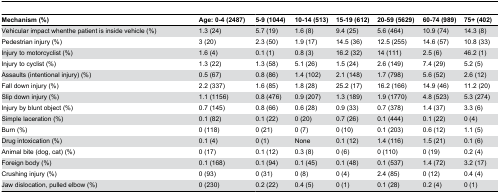
<table><thead><tr><td><b>Mechanism (%)</b></td><td><b>Age: 0-4 (2487)</b></td><td><b>5-9 (1044)</b></td><td><b>10-14 (513)</b></td><td><b>15-19 (612)</b></td><td><b>20-59 (5629)</b></td><td><b>60-74 (989)</b></td><td><b>75+ (402)</b></td></tr></thead><tbody><tr><td>Vehicular impact whenthe patient is inside vehicle (%)</td><td>1.3 (24)</td><td>5.7 (19)</td><td>1.6 (8)</td><td>9.4 (25)</td><td>5.6 (464)</td><td>10.9 (74)</td><td>14.3 (8)</td></tr><tr><td>Pedestrian injury (%)</td><td>3 (20)</td><td>2.3 (50)</td><td>1.9 (17)</td><td>14.5 (36)</td><td>12.5 (255)</td><td>14.6 (57)</td><td>10.8 (33)</td></tr><tr><td>Injury to motorcyclist (%)</td><td>1.6 (4)</td><td>0.1 (1)</td><td>0.8 (3)</td><td>16.2 (32)</td><td>14 (111)</td><td>2.5 (6)</td><td>46.2 (1)</td></tr><tr><td>Injury to cyclist (%)</td><td>1.3 (22)</td><td>1.3 (58)</td><td>5.1 (26)</td><td>1.5 (24)</td><td>2.6 (149)</td><td>7.4 (29)</td><td>5.2 (5)</td></tr><tr><td>Assaults (intentional injury) (%)</td><td>0.5 (67)</td><td>0.8 (86)</td><td>1.4 (102)</td><td>2.1 (148)</td><td>1.7 (798)</td><td>5.6 (52)</td><td>2.6 (12)</td></tr><tr><td>Fall down injury (%)</td><td>2.2 (337)</td><td>1.6 (85)</td><td>1.8 (28)</td><td>25.2 (17)</td><td>16.2 (166)</td><td>14.9 (46)</td><td>11.2 (20)</td></tr><tr><td>Slip down injury (%)</td><td>1.1 (1156)</td><td>0.8 (476)</td><td>0.9 (207)</td><td>1.3 (189)</td><td>1.9 (1770)</td><td>4.8 (523)</td><td>5.3 (274)</td></tr><tr><td>Injury by blunt object (%)</td><td>0.7 (145)</td><td>0.8 (66)</td><td>0.6 (28)</td><td>0.9 (33)</td><td>0.7 (378)</td><td>1.4 (37)</td><td>3.3 (6)</td></tr><tr><td>Simple laceration (%)</td><td>0.1 (82)</td><td>0.1 (22)</td><td>0 (20)</td><td>0.7 (26)</td><td>0.1 (444)</td><td>0.1 (22)</td><td>0 (4)</td></tr><tr><td>Burn (%)</td><td>0 (118)</td><td>0 (21)</td><td>0 (7)</td><td>0 (10)</td><td>0.1 (203)</td><td>0.6 (12)</td><td>1.1 (5)</td></tr><tr><td>Drug intoxication (%)</td><td>0.1 (4)</td><td>0 (1)</td><td>None</td><td>0.1 (12)</td><td>1.4 (116)</td><td>1.5 (21)</td><td>0.1 (6)</td></tr><tr><td>Animal bite (dog, cat) (%)</td><td>0 (17)</td><td>0.1 (12)</td><td>0.3 (8)</td><td>0 (6)</td><td>0 (110)</td><td>0 (19)</td><td>0.2 (4)</td></tr><tr><td>Foreign body (%)</td><td>0.1 (168)</td><td>0.1 (94)</td><td>0.1 (45)</td><td>0.1 (48)</td><td>0.1 (537)</td><td>1.4 (72)</td><td>3.2 (17)</td></tr><tr><td>Crushing injury (%)</td><td>0 (93)</td><td>0 (31)</td><td>0 (8)</td><td>0 (4)</td><td>2.4 (85)</td><td>0 (12)</td><td>0.4 (4)</td></tr><tr><td>Jaw dislocation, pulled elbow (%)</td><td>0 (230)</td><td>0.2 (22)</td><td>0.4 (5)</td><td>0 (1)</td><td>0.1 (28)</td><td>0.2 (4)</td><td>0 (1)</td></tr></tbody></table>